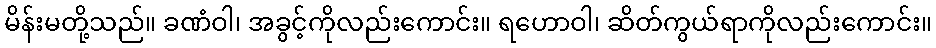
မိန်းမတို့သည်။ ခဏံဝါ၊ အခွင့်ကိုလည်းကောင်း။ ရဟောဝါ၊ ဆိတ်ကွယ်ရာကိုလည်းကောင်း။